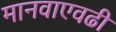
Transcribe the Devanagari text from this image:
मानवाएवढी